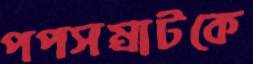
পপসম্রাটকে